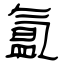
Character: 氲